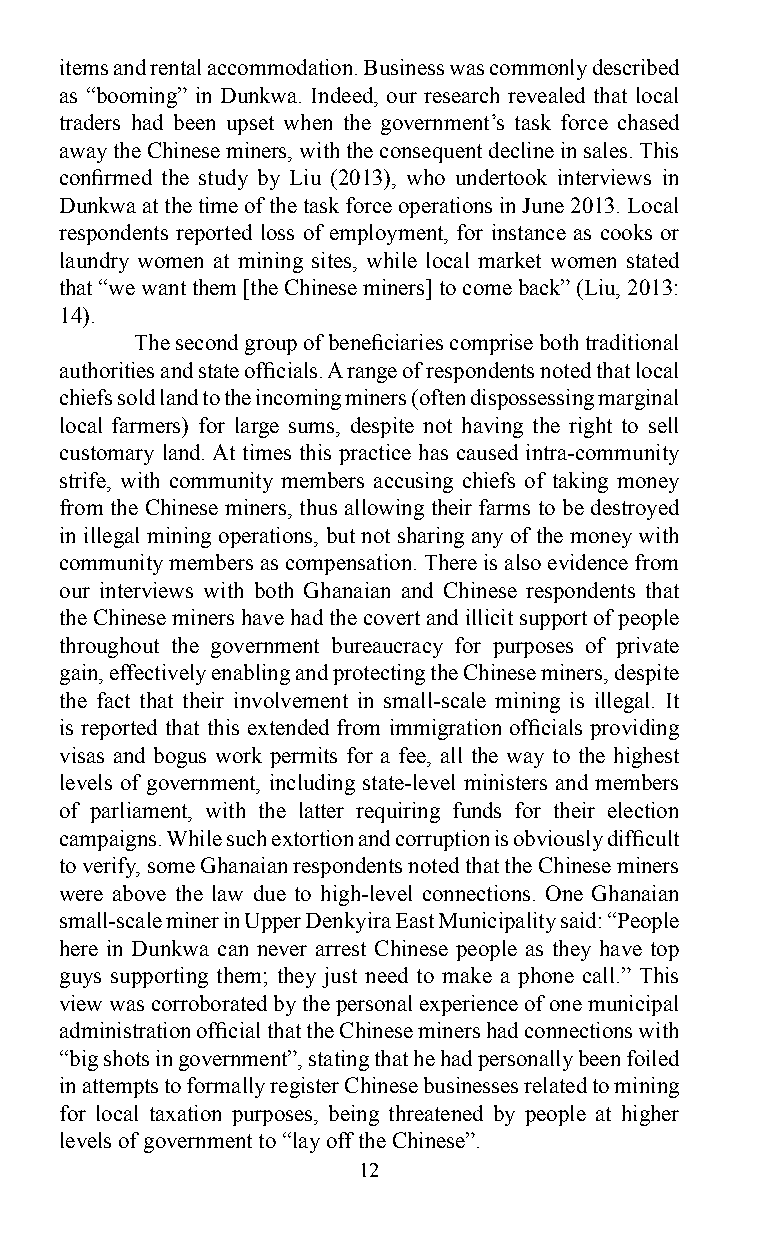
items and rental accommodation. Business was commonly described
 as “booming” in Dunkwa. Indeed, our research revealed that local
 traders had been upset when the government’s task force chased
 away the Chinese miners, with the consequent decline in sales. This
 confirmed the study by Liu (2013), who undertook interviews in
 Dunkwa at the time of the task force operations in June 2013. Local
 respondents reported loss of employment, for instance as cooks or
 laundry women at mining sites, while local market women stated
 that “we want them [the Chinese miners] to come back” (Liu, 2013:
 14).
 The second group of beneficiaries comprise both traditional
 authorities and state officials. A range of respondents noted that local
 chiefs sold land to the incoming miners (often dispossessing marginal
 local farmers) for large sums, despite not having the right to sell
 customary land. At times this practice has caused intra-community
 strife, with community members accusing chiefs of taking money
 from the Chinese miners, thus allowing their farms to be destroyed
 in illegal mining operations, but not sharing any of the money with
 community members as compensation. There is also evidence from
 our interviews with both Ghanaian and Chinese respondents that
 the Chinese miners have had the covert and illicit support of people
 throughout the government bureaucracy for purposes of private
 gain, effectively enabling and protecting the Chinese miners, despite
 the fact that their involvement in small-scale mining is illegal. It
 is reported that this extended from immigration officials providing
 visas and bogus work permits for a fee, all the way to the highest
 levels of government, including state-level ministers and members
 of parliament, with the latter requiring funds for their election
 campaigns. While such extortion and corruption is obviously difficult
 to verify, some Ghanaian respondents noted that the Chinese miners
 were above the law due to high-level connections. One Ghanaian
 small-scale miner in Upper Denkyira East Municipality said: “People
 here in Dunkwa can never arrest Chinese people as they have top
 guys supporting them; they just need to make a phone call.” This
 view was corroborated by the personal experience of one municipal
 administration official that the Chinese miners had connections with
 “big shots in government”, stating that he had personally been foiled
 in attempts to formally register Chinese businesses related to mining
 for local taxation purposes, being threatened by people at higher
 levels of government to “lay off the Chinese”.
 12